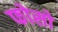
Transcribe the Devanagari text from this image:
फोसो